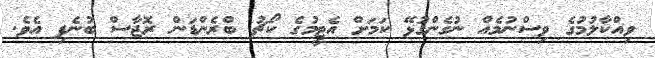
ވިއްކާލުމުގެ ވިސްނުމެއް ނުގެންގުޅޭ ކަމަށް އެޓީމުގެ ކޯޗު ބްރެންޑަން ރޮޖާސް ބުނެފި އެވެ.